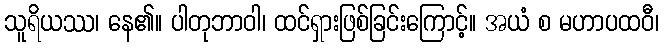
သူရိယဿ၊ နေ၏။ ပါတုဘာဝါ၊ ထင်ရှားဖြစ်ခြင်းကြောင့်။ အယံ စ မဟာပထဝီ၊